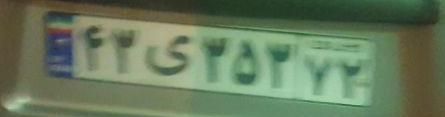
۴۳ی۳۵۳۷۲